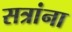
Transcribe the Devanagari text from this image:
सत्रांना